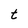
Character: t